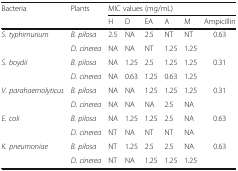
<table><thead><tr><td rowspan="2"><b>Bacteria</b></td><td rowspan="2"><b>Plants</b></td><td colspan="6"><b>MIC values (mg/mL)</b></td></tr><tr><td><b>H</b></td><td><b>D</b></td><td><b>EA</b></td><td><b>A</b></td><td><b>M</b></td><td><b>Ampicillin</b></td></tr></thead><tbody><tr><td rowspan="2"><i>S. typhimurium</i></td><td><i>B. pilosa</i></td><td>2.5</td><td>NA</td><td>2.5</td><td>NT</td><td>NT</td><td rowspan="2">0.63</td></tr><tr><td><i>D. cinerea</i></td><td>NA</td><td>NA</td><td>NT</td><td>1.25</td><td>1.25</td></tr><tr><td rowspan="2"><i>S. boydii</i></td><td><i>B. pilosa</i></td><td>NA</td><td>1.25</td><td>2.5</td><td>1.25</td><td>1.25</td><td rowspan="2">0.31</td></tr><tr><td><i>D. cinerea</i></td><td>NA</td><td>0.63</td><td>1.25</td><td>0.63</td><td>1.25</td></tr><tr><td rowspan="2"><i>V. parahaemolyticus</i></td><td><i>B. pilosa</i></td><td>NA</td><td>NA</td><td>1.25</td><td>1.25</td><td>1.25</td><td rowspan="2">0.31</td></tr><tr><td><i>D. cinerea</i></td><td>NA</td><td>NA</td><td>NA</td><td>2.5</td><td>NA</td></tr><tr><td rowspan="2"><i>E. coli</i></td><td><i>B. pilosa</i></td><td>NA</td><td>1.25</td><td>1.25</td><td>2.5</td><td>NA</td><td rowspan="2">0.63</td></tr><tr><td><i>D. cinerea</i></td><td>NT</td><td>NA</td><td>NT</td><td>NT</td><td>NA</td></tr><tr><td rowspan="2"><i>K. pneumoniae</i></td><td><i>B. pilosa</i></td><td>NT</td><td>1.25</td><td>2.5</td><td>2.5</td><td>NA</td><td rowspan="2">0.63</td></tr><tr><td><i>D. cinerea</i></td><td>NT</td><td>NA</td><td>1.25</td><td>1.25</td><td>1.25</td></tr></tbody></table>